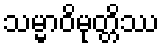
သမ္မာဝိမုတ္တိဿ